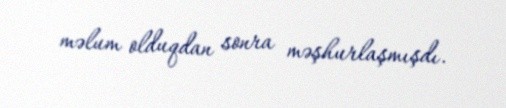
məlum olduqdan sonra məşhurlaşmışdı.